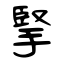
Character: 掔